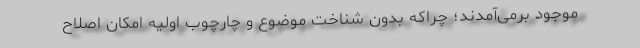
موجود برمی‌آمدند؛ چرا‌كه بدون شناخت موضوع و چارچوب اولیه امكان اصلاح